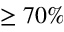
\ge 7 0 \%